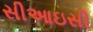
સીઆઇસી